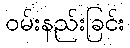
ဝမ်းနည်းခြင်း